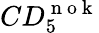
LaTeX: CD_{5}^{\mathrm{~n~o~k~}}